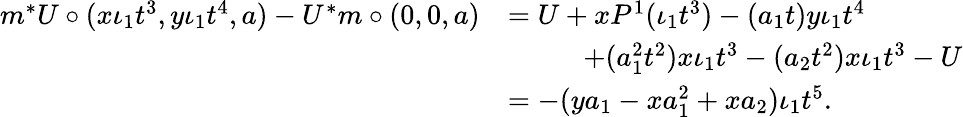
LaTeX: \begin{array}{rl}{m^{*}U\circ(x\iota_{1}t^{3},y\iota_{1}t^{4},a)-U^{*}m\circ(0,0,a)}&{=U+xP^{1}(\iota_{1}t^{3})-(a_{1}t)y\iota_{1}t^{4}}\\ &{\, \, \, \, \, \, \, \, \, \, \, \, \, \, \, \, +(a_{1}^{2}t^{2})x\iota_{1}t^{3}-(a_{2}t^{2})x\iota_{1}t^{3}-U}\\ &{=-(ya_{1}-xa_{1}^{2}+xa_{2})\iota_{1}t^{5}.}\end{array}